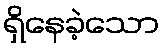
ရှိနေခဲ့သော